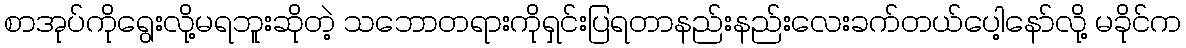
စာအုပ်ကိုရွေးလို့မရဘူးဆိုတဲ့ သဘောတရားကိုရှင်းပြရတာနည်းနည်းလေးခက်တယ်ပေါ့နော်လို့ မခိုင်က